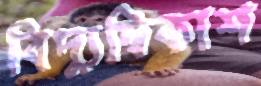
বিদ্যুদ্বিকাশ